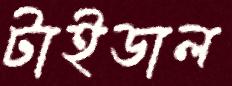
টাইডাল